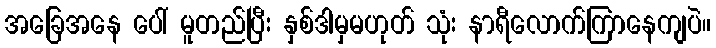
အခြေအနေ ပေါ် မူတည်ပြီး နှစ်ဒါမှမဟုတ် သုံး နာရီလောက်ကြာနေကျပဲ။